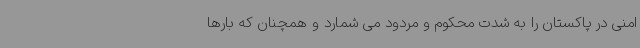
امنی در پاکستان را به شدت محکوم و مردود می شمارد و همچنان که بارها